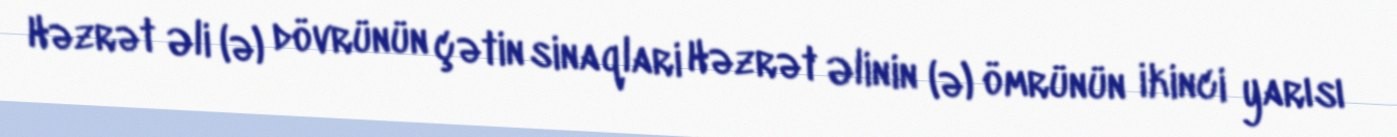
Həzrət Əli (ə) dövrünün çətin sinaqlari Həzrət Əlinin (ə) ömrünün ikinci yarısı